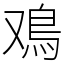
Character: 鳮